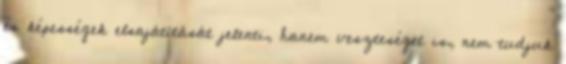
és képességek elsajátítását jelenti, hanem veszteséget is, nem tudjuk